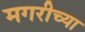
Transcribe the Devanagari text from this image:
मगरीच्या